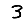
Digit: 3